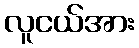
လူငယ်အား